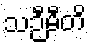
သဉီမီတိ